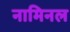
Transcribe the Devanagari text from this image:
नामिनल